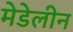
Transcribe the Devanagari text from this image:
मेडेलीन